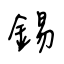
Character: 錫